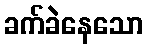
ခက်ခဲနေသော